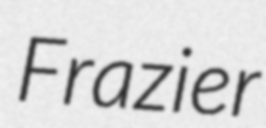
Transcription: Frazier